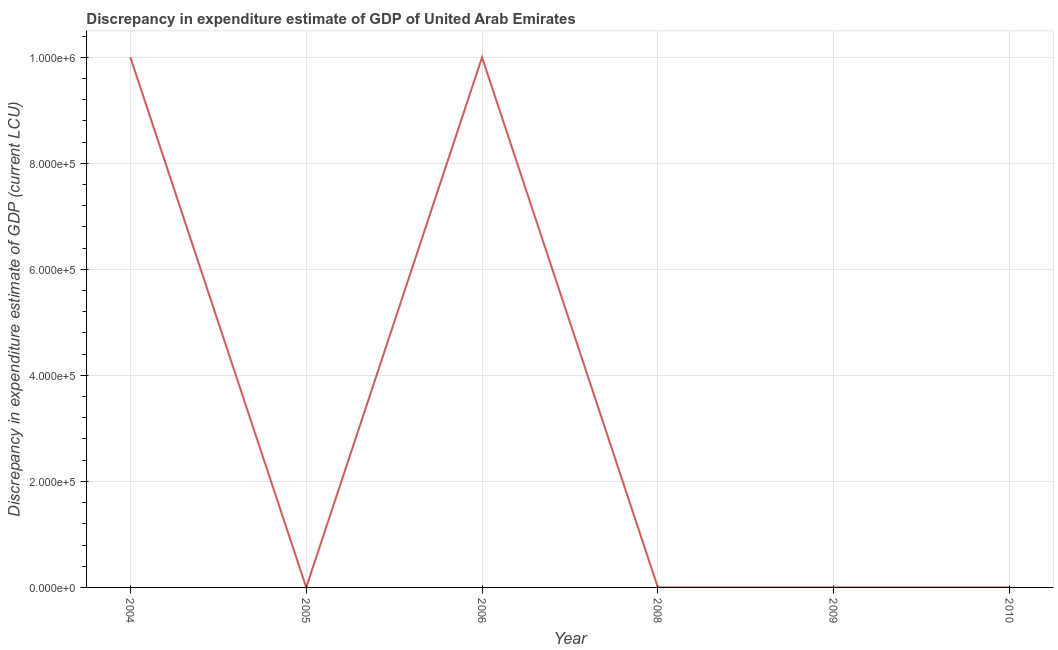
| Year | Discrepancy current LCU |
 | --- | --- |
 | 2004 | 1e+06 |
 | 2005 | 8e-06 |
 | 2006 | 1e+06 |
 | 2008 | -6e-05 |
 | 2009 | 0.000225 |
 | 2010 | -0.00013 |